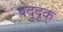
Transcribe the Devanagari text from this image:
बदुदृक्